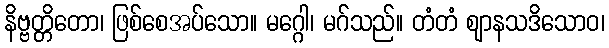
နိဗ္ဗတ္တိတော၊ ဖြစ်စေအပ်သော။ မဂ္ဂေါ၊ မဂ်သည်။ တံတံ ဈာနသဒိသောဝ၊